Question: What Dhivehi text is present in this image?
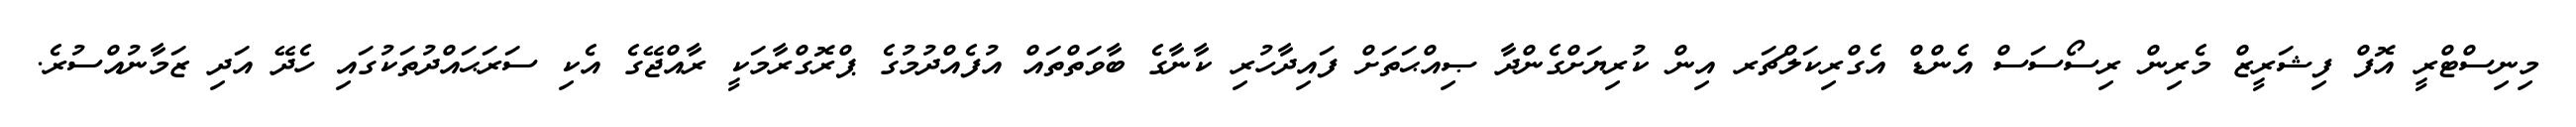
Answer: މިނިސްޓްރީ އޮފް ފިޝަރީޒް މެރިން ރިސޯސަސް އެންޑް އެގްރިކަލްޗަރ އިން ކުރިޔަށްގެންދާ ޞިއްޙަތަށް ފައިދާހުރި ކާނާގެ ބާވަތްތައް އުފެއްދުމުގެ ޕްރޮގްރާމަކީ ރާއްޖޭގެ އެކި ސަރަޙައްދުތަކުގައި ހެދޭ އަދި ޒަމާނުއްސުރެ.